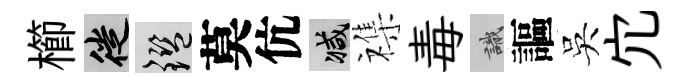
櫛徙鑒莫伉减襍毒識謳吳宂